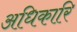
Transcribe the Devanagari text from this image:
अधिकारि